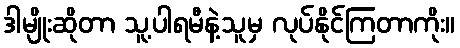
ဒါမျိုးဆိုတာ သူ့ပါရမီနဲ့သူမှ လုပ်နိုင်ကြတာကိုး။